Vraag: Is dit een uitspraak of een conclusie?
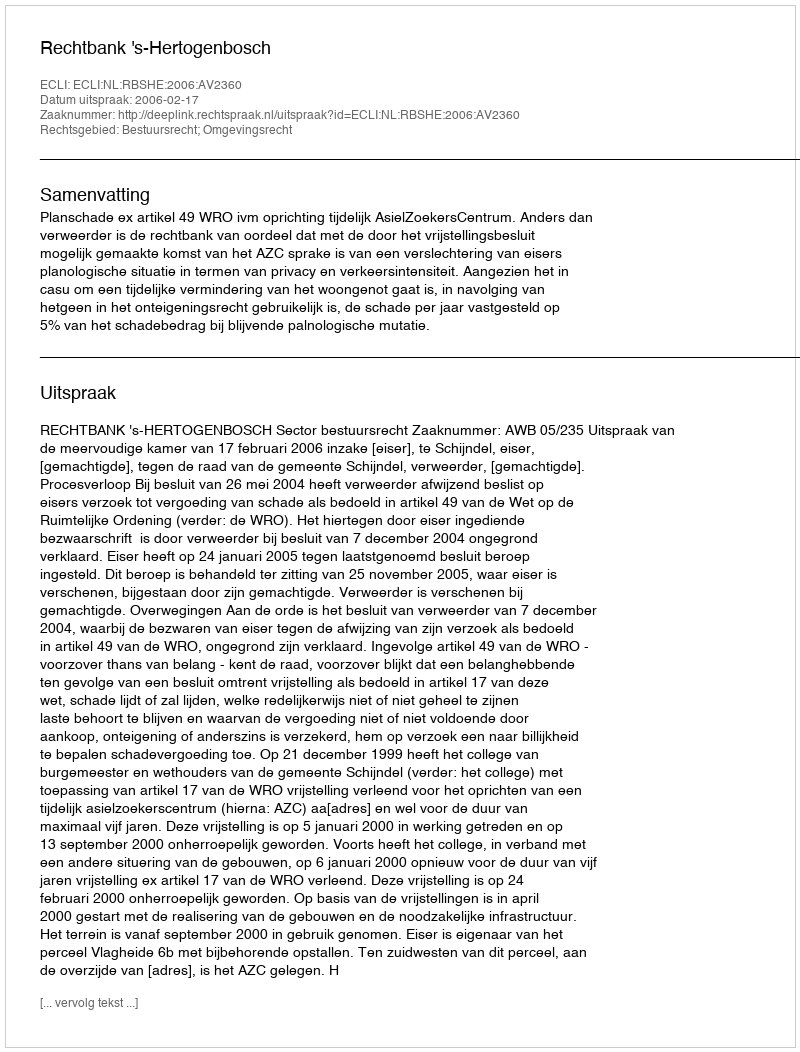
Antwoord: Uitspraak